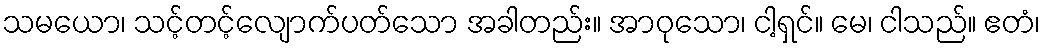
သမယော၊ သင့်တင့်လျောက်ပတ်သော အခါတည်း။ အာဝုသော၊ ငါ့ရှင်။ မေ၊ ငါသည်။ ဧတံ၊